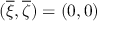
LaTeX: ( { \overline { { \xi } } } , { \overline { { \zeta } } } ) = ( 0 , 0 )